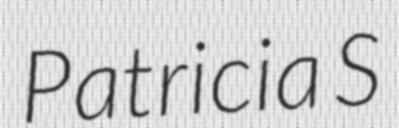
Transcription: Patricia S